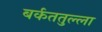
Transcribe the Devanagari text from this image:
बर्कततुल्ला